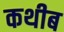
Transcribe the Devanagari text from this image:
कथीब